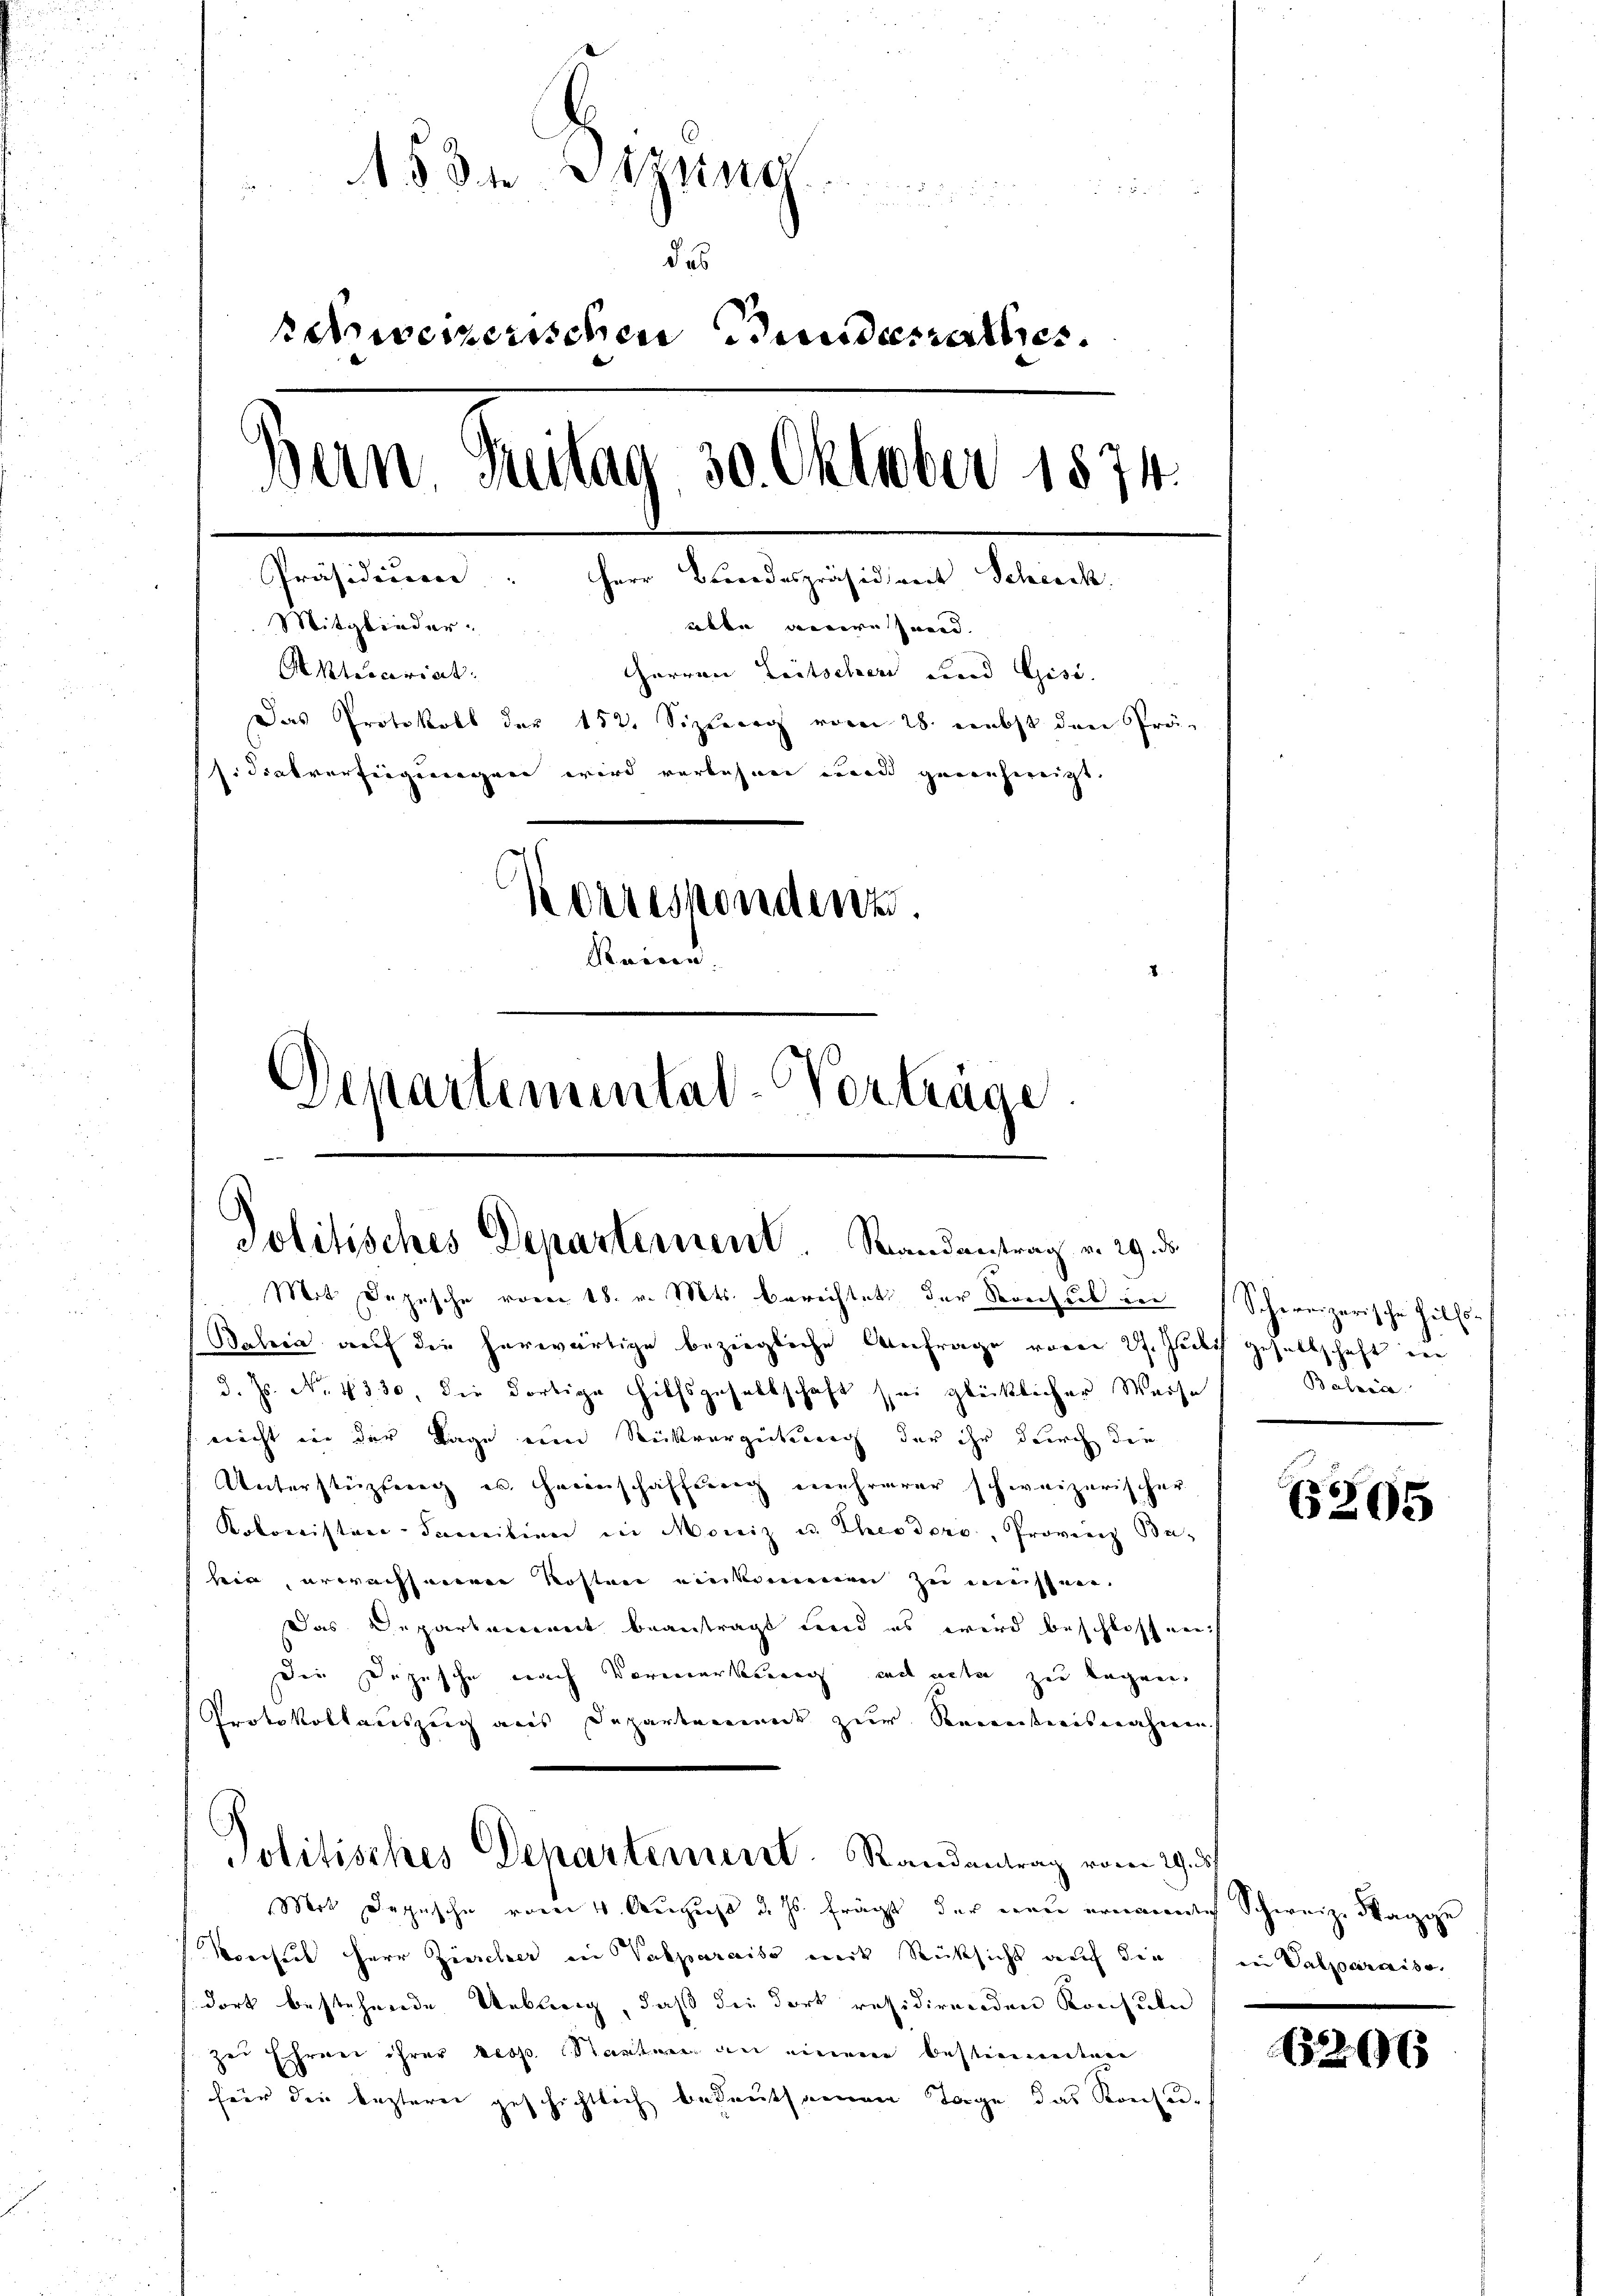
15 t Setzung
r

des
ewererischen Bundesrathes
Bern Gritag 30. Oktober 1874.
Präsidierer: Herr Brandespräsidirect Scheick
Mitglieder-
ätte andere Hand.
Arecariat. |
Harren Leitschen und Gesi
Das Protokoll der 152. Sizierg vom 28. nebst den Prä-
sidialverfügungen wird verlesen wird genehmigt.
Korrespondenz.
Reisen.
Departemental-Verträge

Politisches Departement. Randantrag v. 29. ds
Mit Depesche vom 18. v. Mts. berechtet der Storchub den

Balera auf die herwärtige beziegliche Anfrage vom 27. Jubis gesellschaft in
d. Js. No. 4330, die dortige Hilfsgesellschaft sei glücklicher Weise
nicht von der Lage eine Rückvergütung der ihr durch die
Unterstüztung u. Heinschaffung mehrerer schweizerischer
Kolonister- Sanition in Moriz u. Theodoro, Provinz Ba-
bir erwachsenen Kosten einkommen zu mensten.
Das Departenannt beantragt und es wird beschlossen.
Die Dozische nach Vormerkung ad acte zu legen.
Protokollauszug aus Departement zur Reinsweisnahmen.
Politisches Departement. Randantrag vom 29. d.
Mit Depesche vom 4. August d. Js. frägt der neu ernannte Schweize Magge
Vorsich Herr Zürcher in Vakparaiso mit Rücksicht auf die (in Salzaraise
dort bestehende Uebung, daß die dort räsidirenden Konsuln
Zei Ehren ihrer resp. Karten an einem bestimmten
hier die lezterei geschichtlich bedeutsamen Tage das Konsere

Schireizerische Hilfs¬
Salein

6205

520 x